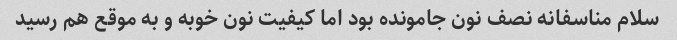
سلام مناسفانه نصف نون جامونده بود اما کیفیت نون خوبه و به موقع هم رسید